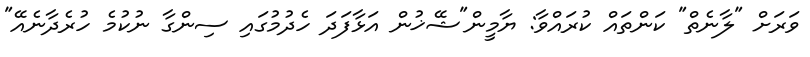
ވަރަށް "ލާނެތް" ކަންތައް ކުރައްވާ: ޔާމީން"ޝޭޚުން އަޅާފަދަ ހެދުމުގައި ސިންގާ ނުކުމެ ހުރެދާނެއޭ"